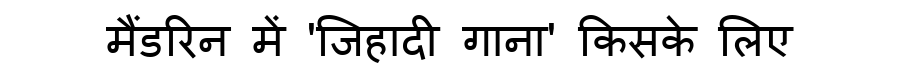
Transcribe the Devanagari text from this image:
मैंडरिन में 'जिहादी गाना' किसके लिए